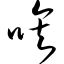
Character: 唉